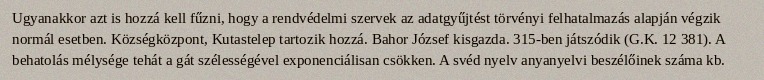
Ugyanakkor azt is hozzá kell fűzni, hogy a rendvédelmi szervek az adatgyűjtést törvényi felhatalmazás alapján végzik normál esetben. Községközpont, Kutastelep tartozik hozzá. Bahor József kisgazda. 315-ben játszódik (G.K. 12 381). A behatolás mélysége tehát a gát szélességével exponenciálisan csökken. A svéd nyelv anyanyelvi beszélőinek száma kb.